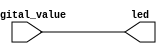
module inp (
    input wire digital_value, // 4-bit digital value from the ADC
    output wire led          // LED outputs
);

assign led = digital_value;

endmodule